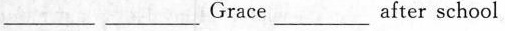
\underline Grace \underline after school